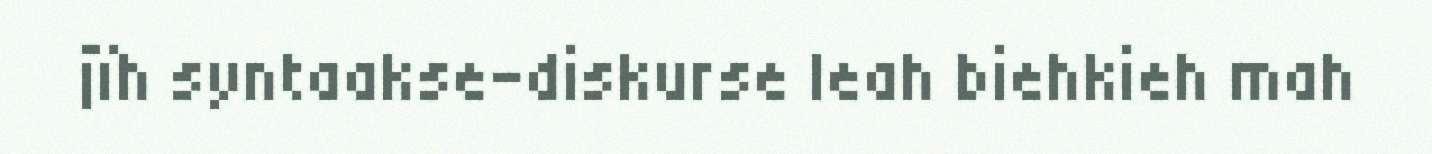
jïh syntaakse-diskurse leah biehkieh mah